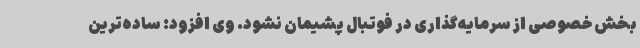
بخش خصوصی از سرمایه‌گذاری در فوتبال پشیمان نشود. وی افزود: ساده‌ترین